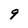
Character: 9